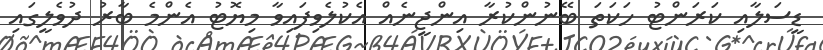
ޑީސަލާއި ކަރަންޓު ހަކަތަ ބޭނުންކުރާ އިންޖީނެއް އެކުލެވިފައިވާ މިޔޮޓު އެންމެ ބާރު ދުވެލީގައި